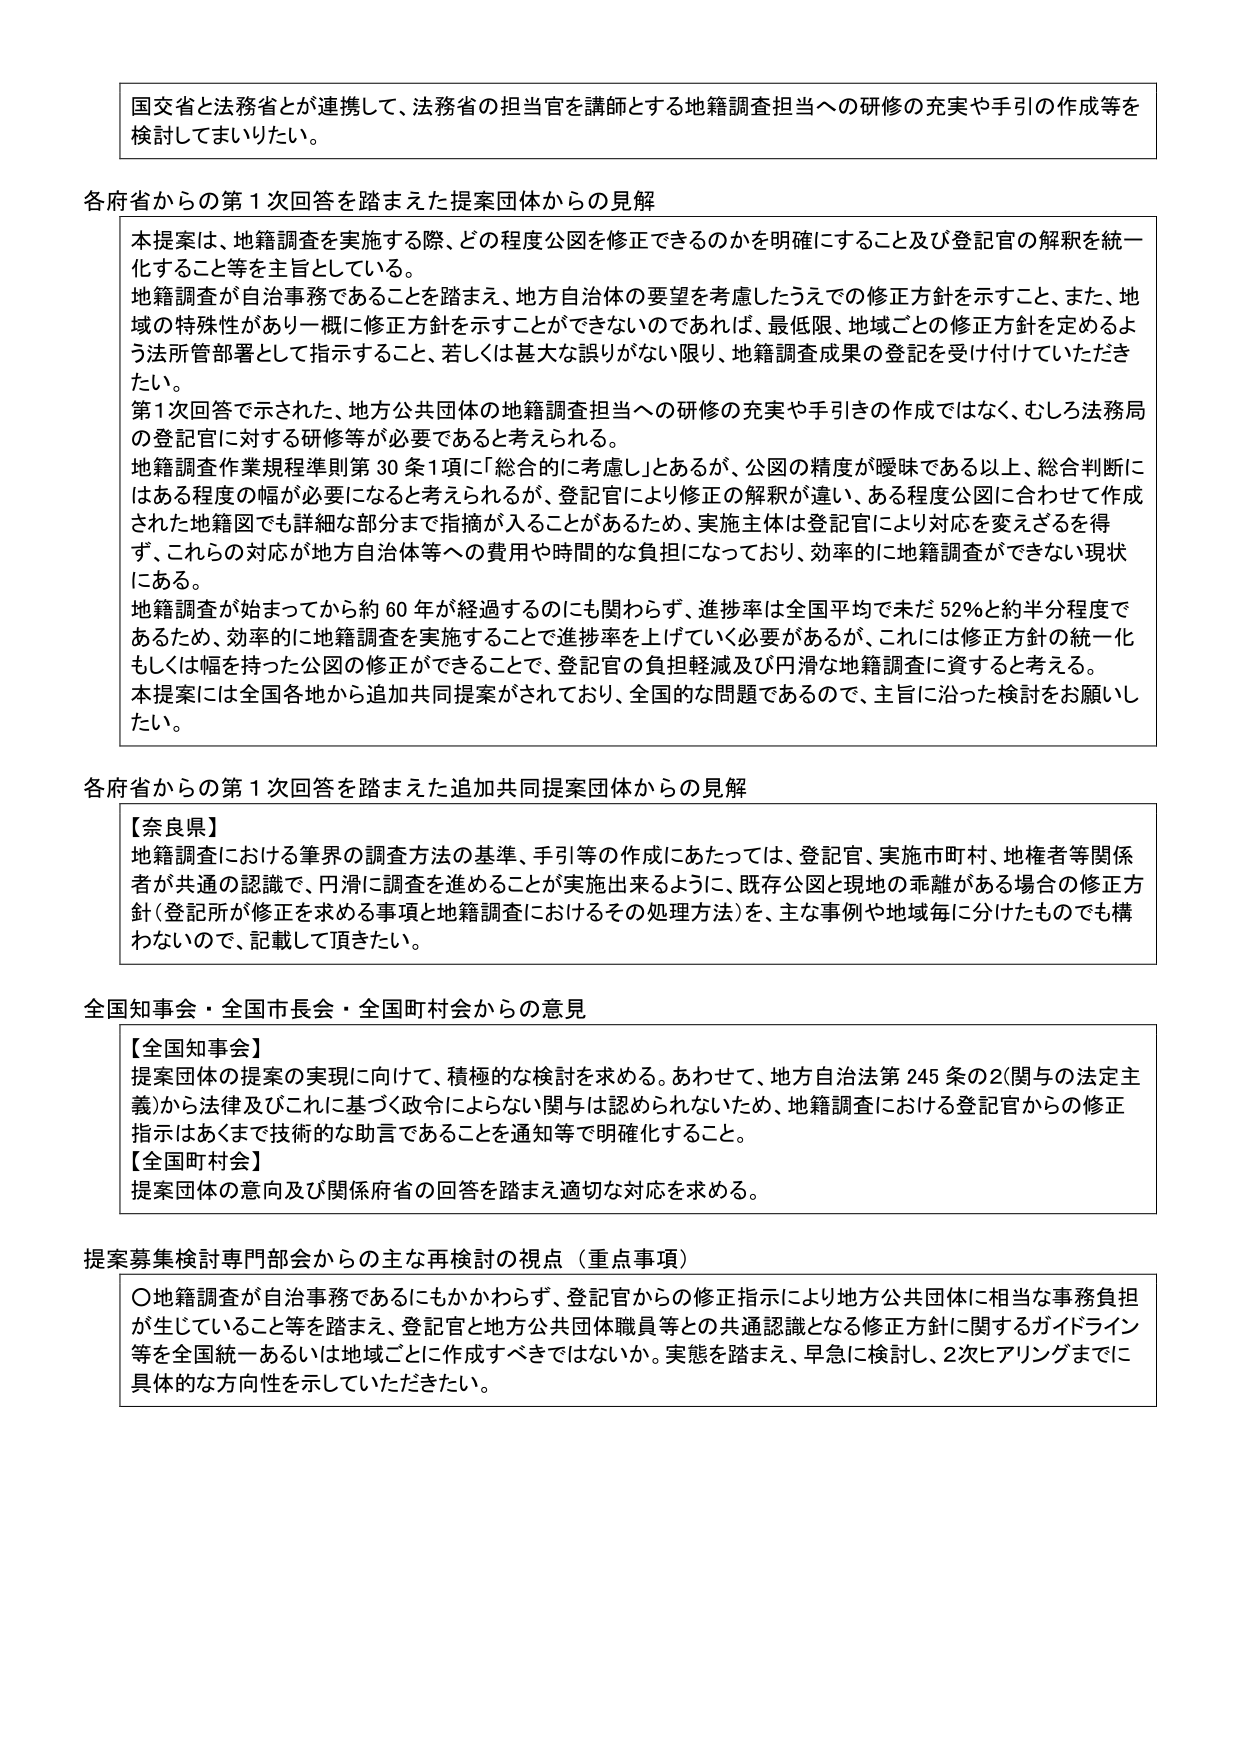
国交省と法務省とが連携して、法務省の担当官を講師とする地籍調査担当への研修の充実や手引の作成等を検討してまいりたい。

各府省からの第1次回答を踏まえた提案団体からの見解
本提案は、地籍調査を実施する際、どの程度公図を修正できるのかを明確にすること及び登記官の解釈を統一化すること等を主旨としている。
地籍調査が自治事務であることを踏まえ、地方自治体の要望を考慮したうえでの修正方針を示すこと、また、地域の特殊性があり一概に修正方針を示すことができないのであれば、最低限、地域ごとの修正方針を定めるよう法所管部署として指示すること、若しくは甚大な誤りがない限り、地籍調査成果の登記を受け付けていただきたい。
第1次回答で示された、地方公共団体の地籍調査担当への研修の充実や手引きの作成ではなく、むしろ法務局の登記官に対する研修等が必要であると考えられる。
地籍調査作業規程準則第30条1項に「総合的に考慮し」とあるが、公図の精度が曖昧である以上、総合判断にはある程度の幅が必要になると考えられるが、登記官により修正の解釈が違い、ある程度公図に合わせて作成された地籍図でも詳細な部分まで指摘が入ることがあるため、実施主体は登記官により対応を変えざるを得ず、これらの対応が地方自治体等への費用や時間的な負担になっており、効率的に地籍調査ができない現状にある。
地籍調査が始まってから約60年が経過するのにも関わらず、進捗率は全国平均で未だ52％と約半分程度であるため、効率的に地籍調査を実施することで進捗率を上げていく必要があるが、これには修正方針の統一化もしくは幅を持った公図の修正ができることで、登記官の負担軽減及び円滑な地籍調査に資すると考える。
本提案は全国各地から追加共同提案がされており、全国的な問題であるので、主旨に沿った検討をお願いしたい。

各府省からの第1次回答を踏まえた追加共同提案団体からの見解
【奈良県】
地籍調査における筆界の調査方法の基準、手引等の作成にあたっては、登記官、実施市町村、地権者等関係者が共通の認識で、円滑に調査を進めることができるよう、既存公図と現地の乖離がある場合の修正方針（登記所が修正を求める事項と地籍調査におけるその処理方法）を、主な事例や地域毎に分けたものでも構わないので、記載して頂きたい。

全国知事会・全国市長会・全国町村会からの意見
【全国知事会】
提案団体の提案の実現に向けて、積極的な検討を求める。あわせて、地方自治法第245条の2（関与の法定主義）から法律及びこれに基づく政令によらない関与は認められないため、地籍調査における登記官からの修正指示はあくまで技術的な助言であることを通知等で明確化すること。
【全国町村会】
提案団体の意向及び関係府省の回答を踏まえ適切な対応を求める。

提案募集検討専門部会からの主な再検討の視点（重点事項）
〇地籍調査が自治事務であるにもかかわらず、登記官からの修正指示により地方公共団体に相当な事務負担が生じていること等を踏まえ、登記官と地方公共団体職員等との共通認識となる修正方針に関するガイドライン等を全国統一あるいは地域ごとに作成すべきではないか。実態を踏まえ、早急に検討し、2次ヒアリングまでに具体的な方向性を示していただきたい。